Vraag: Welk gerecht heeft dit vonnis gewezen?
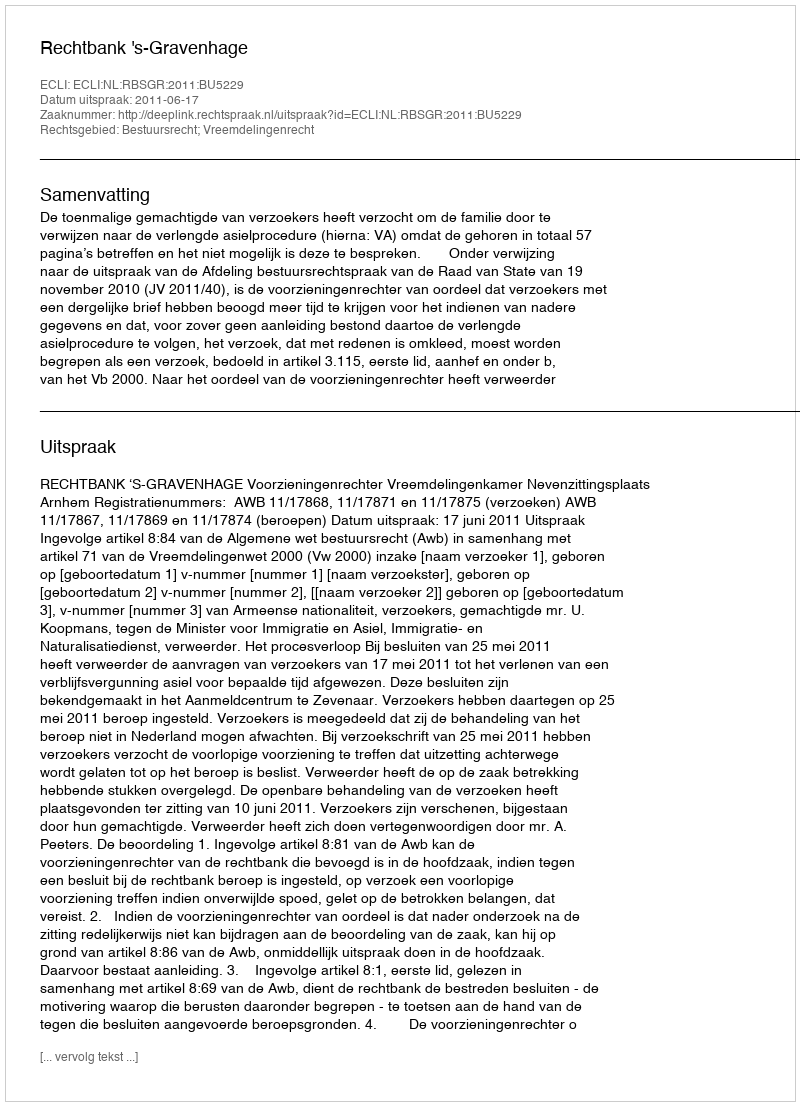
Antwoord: Rechtbank 's-Gravenhage